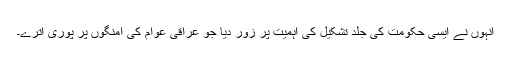
انہوں نے ایسی حکومت کی جلد تشکیل کی اہمیت پر زور دیا جو عراقی عوام کی امنگوں پر پوری اترے۔